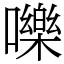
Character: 嚛